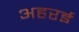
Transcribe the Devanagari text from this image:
अहरई